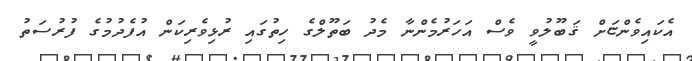
އެކައިވެންޏަށް ޤަބޫލުވީ ވެސް އަހަރުމެންނާ މެދު ބަތޫލްގެ ހިތުގައި ރުޅިވެރިކަން އުފެދުމުގެ ފުރުސަތު